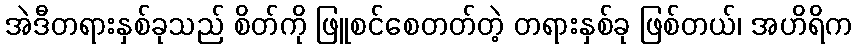
အဲဒီတရားနှစ်ခုသည် စိတ်ကို ဖြူစင်စေတတ်တဲ့ တရားနှစ်ခု ဖြစ်တယ်၊ အဟိရိက